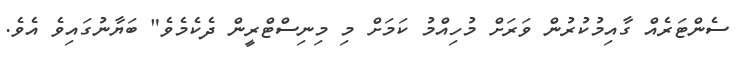
ސެންޓަރެއް ގާއިމުކުރުން ވަރަށް މުހިއްމު ކަމަށް މި މިނިސްޓްރީން ދެކެމެވެ" ބަޔާނުގައިވެ އެވެ.